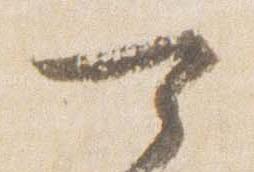
可